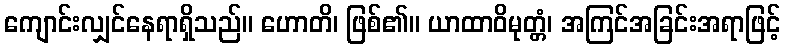
ကျောင်းလျှင်နေရာရှိသည်။ ဟောတိ၊ ဖြစ်၏။ ယာထာဝိမုတ္တံ၊ အကြင်အခြင်းအရာဖြင့်